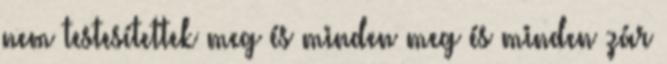
nem testesítettek meg és minden meg és minden zár